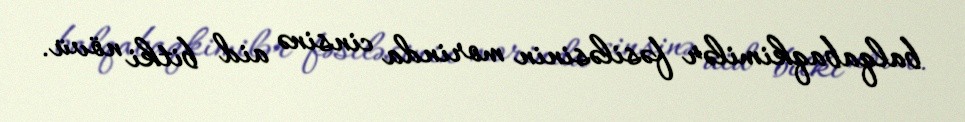
balqabaqkimilər fəsiləsinin morinda cinsinə aid bitki növü.